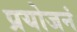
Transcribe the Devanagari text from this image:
प्रयोजनं